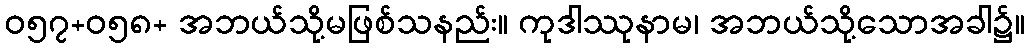
ဝ၅၇+၀၅၈+ အဘယ်သို့မဖြစ်သနည်း။ ကုဒါဿုနာမ၊ အဘယ်သို့သောအခါ၌။